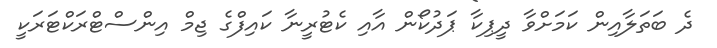
ދެ ބަތަލާއިން ކަމަށްވާ ދީޕިކާ ޕަދުކޯން އާއި ކެޓުރީނާ ކައިފްގެ ޖިމް އިންސްޓްރަކްޓަރަކީ